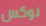
نوكس